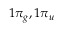
1 \pi _ { g } , 1 \pi _ { u }